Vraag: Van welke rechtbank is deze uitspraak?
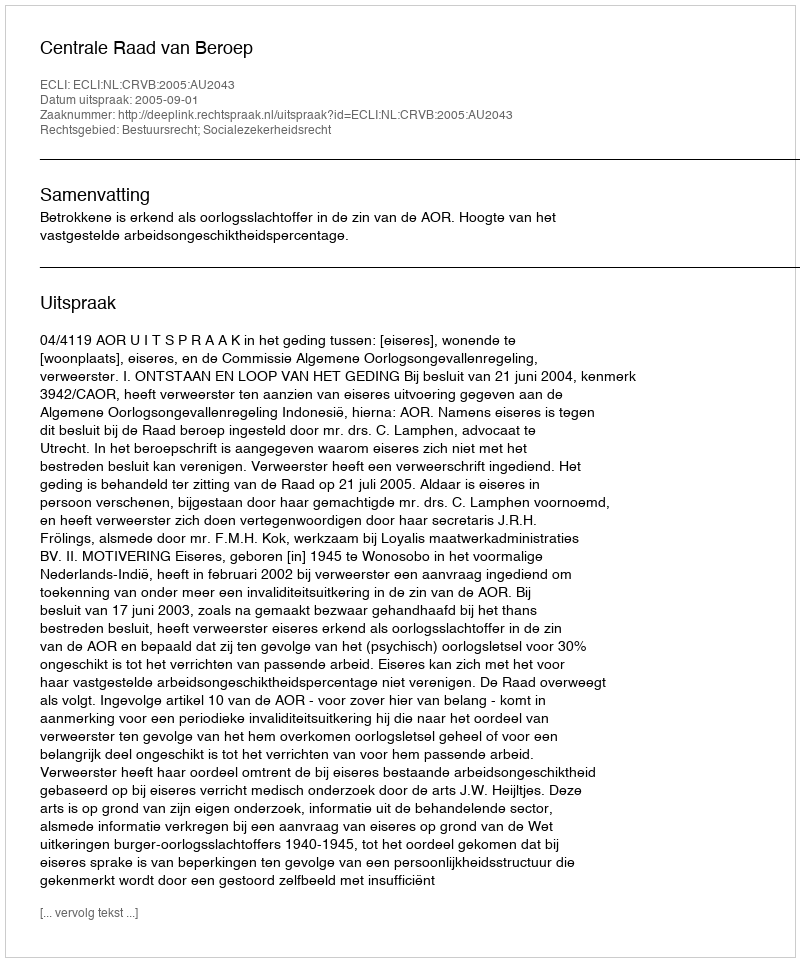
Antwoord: Centrale Raad van Beroep